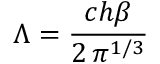
\Lambda = { \frac { c h \beta } { 2 \, \pi ^ { 1 / 3 } } }